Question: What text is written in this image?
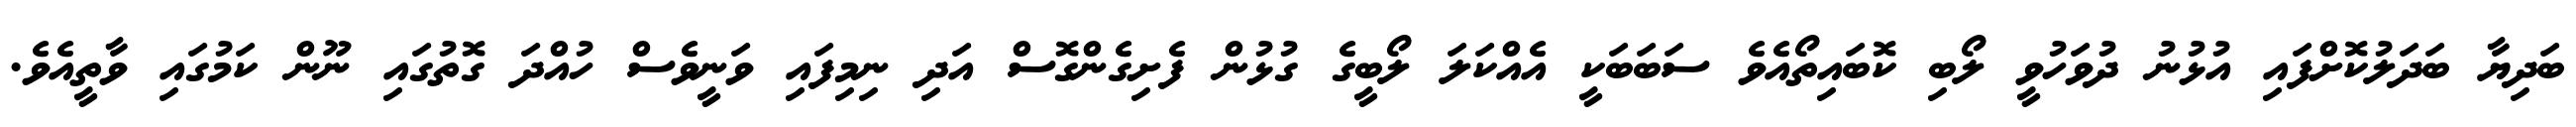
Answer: ބަދިޔާ ބަދަލުކޮށްފައި އުޅުނު ދުވަހުވީ ލޯބި ކޮބައިތޯއެވެ ސަބަބަކީ އެއްކަލަ ލޯބީގެ ގުޅުން ފެށިގެންގޮސް އަދި ނިމިފައި ވަނީވެސް ހުއްދަ ގޮތުގައި ނޫން ކަމުގައި ވާތީއެވެ.